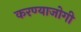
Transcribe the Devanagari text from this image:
करण्‍याजोगी